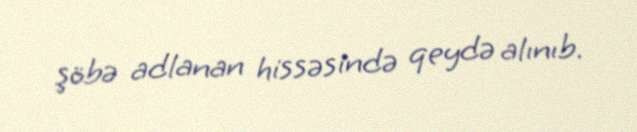
şöbə adlanan hissəsində qeydə alınıb.